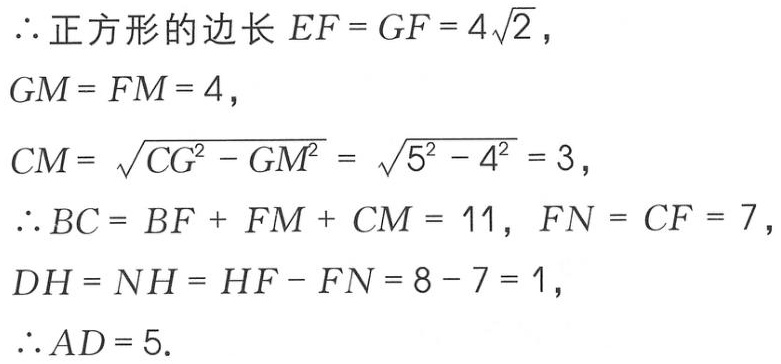
\(\therefore\)正方形的边长 \(EF = GF = 4\sqrt{2}\)，
\(GM = FM = 4\)，
\(CM = \sqrt{CG^{2} - GM^{2}} = \sqrt{5^{2} - 4^{2}} = 3\)，
\(\therefore BC = BF + FM + CM = 11\)，\(FN = CF = 7\)，
\(DH = NH = HF - FN = 8 - 7 = 1\)，
\(\therefore AD = 5\).